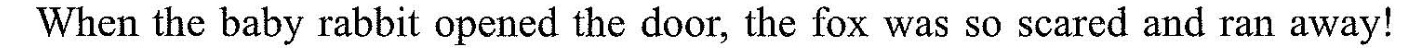
When the baby rabbit opened the door, the fox was so scared and ran away!